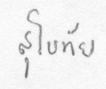
สุโขทัย